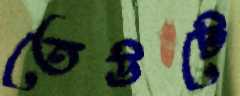
তেউটে